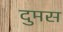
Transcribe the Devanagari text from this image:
दुमस